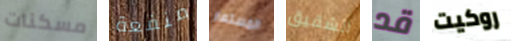
مسكنات منفعة المستعار الشقيق قد روكيت